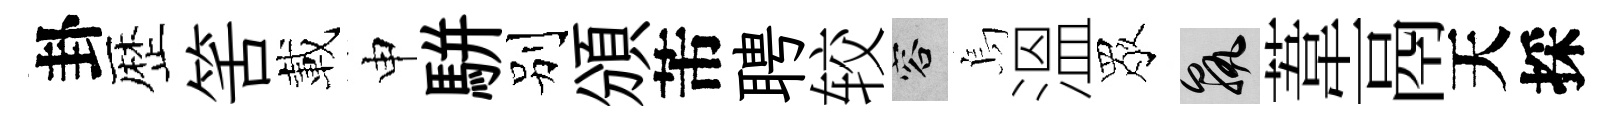
卦歴筈載申駢别頒芾聘较容烏溫眾孰葦鬲天採